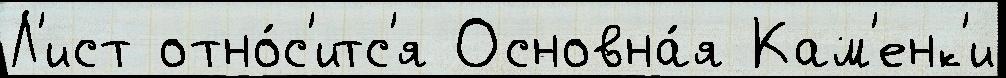
Л'ист отно́с'итс'я Основна́я Кам'енк'и